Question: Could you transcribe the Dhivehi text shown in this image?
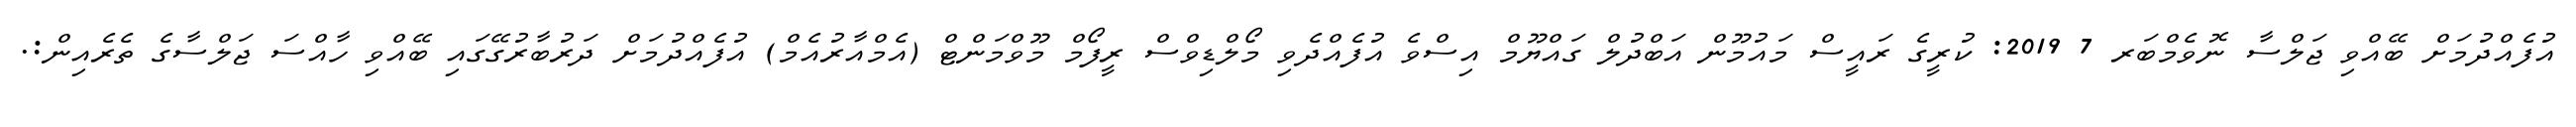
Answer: އުފެއްދުމަށް ބޭއްވި ޖަލްސާ ނޮވެމްބަރ 7 2019: ކުރީގެ ރައީސް މައުމޫން އަބްދުލް ގައްޔޫމް އިސްވެ އުފެއްދެވި މޯލްޑިވްސް ރީފޯމް މޫވްމަންޓް (އެމްއާރުއެމް) އުފެއްދުމަށް ދަރުބާރުގޭގައި ބޭއްވި ހާއްސަ ޖަލްސާގެ ތެރެއިން:.